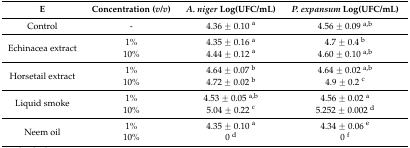
<table><thead><tr><td><b>E</b></td><td><b>Concentration (<i>v</i>/<i>v</i>)</b></td><td><b><i>A. niger</i> Log(UFC/mL)</b></td><td><b><i>P. expansum</i> Log(UFC/mL)</b></td></tr></thead><tbody><tr><td>Control</td><td>-</td><td>4.36 ± 0.10 <sup>a</sup></td><td>4.56 ± 0.09 <sup>a,b</sup></td></tr><tr><td rowspan="2">Echinacea extract</td><td>1%</td><td>4.35 ± 0.16 <sup>a</sup></td><td>4.7 ± 0.4 <sup>b</sup></td></tr><tr><td>10%</td><td>4.44 ± 0.12 <sup>a</sup></td><td>4.60 ± 0.10 <sup>a,b</sup></td></tr><tr><td rowspan="2">Horsetail extract</td><td>1%</td><td>4.64 ± 0.07 <sup>b</sup></td><td>4.64 ± 0.02 <sup>a,b</sup></td></tr><tr><td>10%</td><td>4.72 ± 0.02 <sup>b</sup></td><td>4.9 ± 0.2 <sup>c</sup></td></tr><tr><td rowspan="2">Liquid smoke</td><td>1%</td><td>4.53 ± 0.05 <sup>a,b</sup></td><td>4.56 ± 0.02 <sup>a</sup></td></tr><tr><td>10%</td><td>5.04 ± 0.22 <sup>c</sup></td><td>5.252 ± 0.002 <sup>d</sup></td></tr><tr><td rowspan="2">Neem oil</td><td>1%</td><td>4.35 ± 0.10 <sup>a</sup></td><td>4.34 ± 0.06 <sup>e</sup></td></tr><tr><td>10%</td><td>0 <sup>d</sup></td><td>0 <sup>f</sup></td></tr></tbody></table>